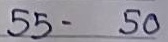
55 - 50